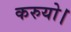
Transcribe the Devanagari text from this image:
करुयो।